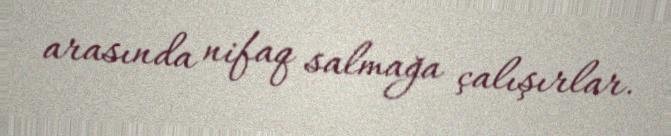
arasında nifaq salmağa çalışırlar.